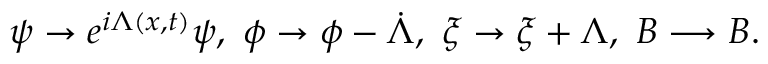
\psi \rightarrow e ^ { i \Lambda ( x , t ) } \psi , ~ \phi \rightarrow \phi - \dot { \Lambda } , ~ \xi \rightarrow \xi + \Lambda , ~ B \longrightarrow B .